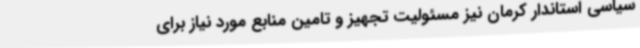
سیاسی استاندار کرمان نیز مسئولیت تجهیز و تامین منابع مورد نیاز برای